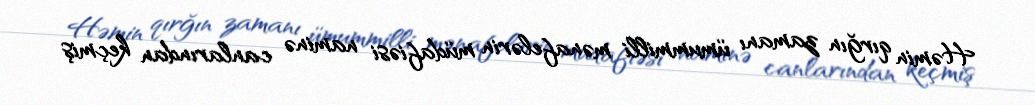
Həmin qırğın zamanı ümummilli mənafelərin müdafiəsi naminə canlarından keçmiş